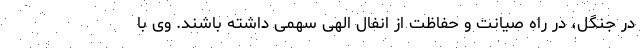
در جنگل، در راه صیانت و حفاظت از انفال الهی سهمی داشته باشند. وی با